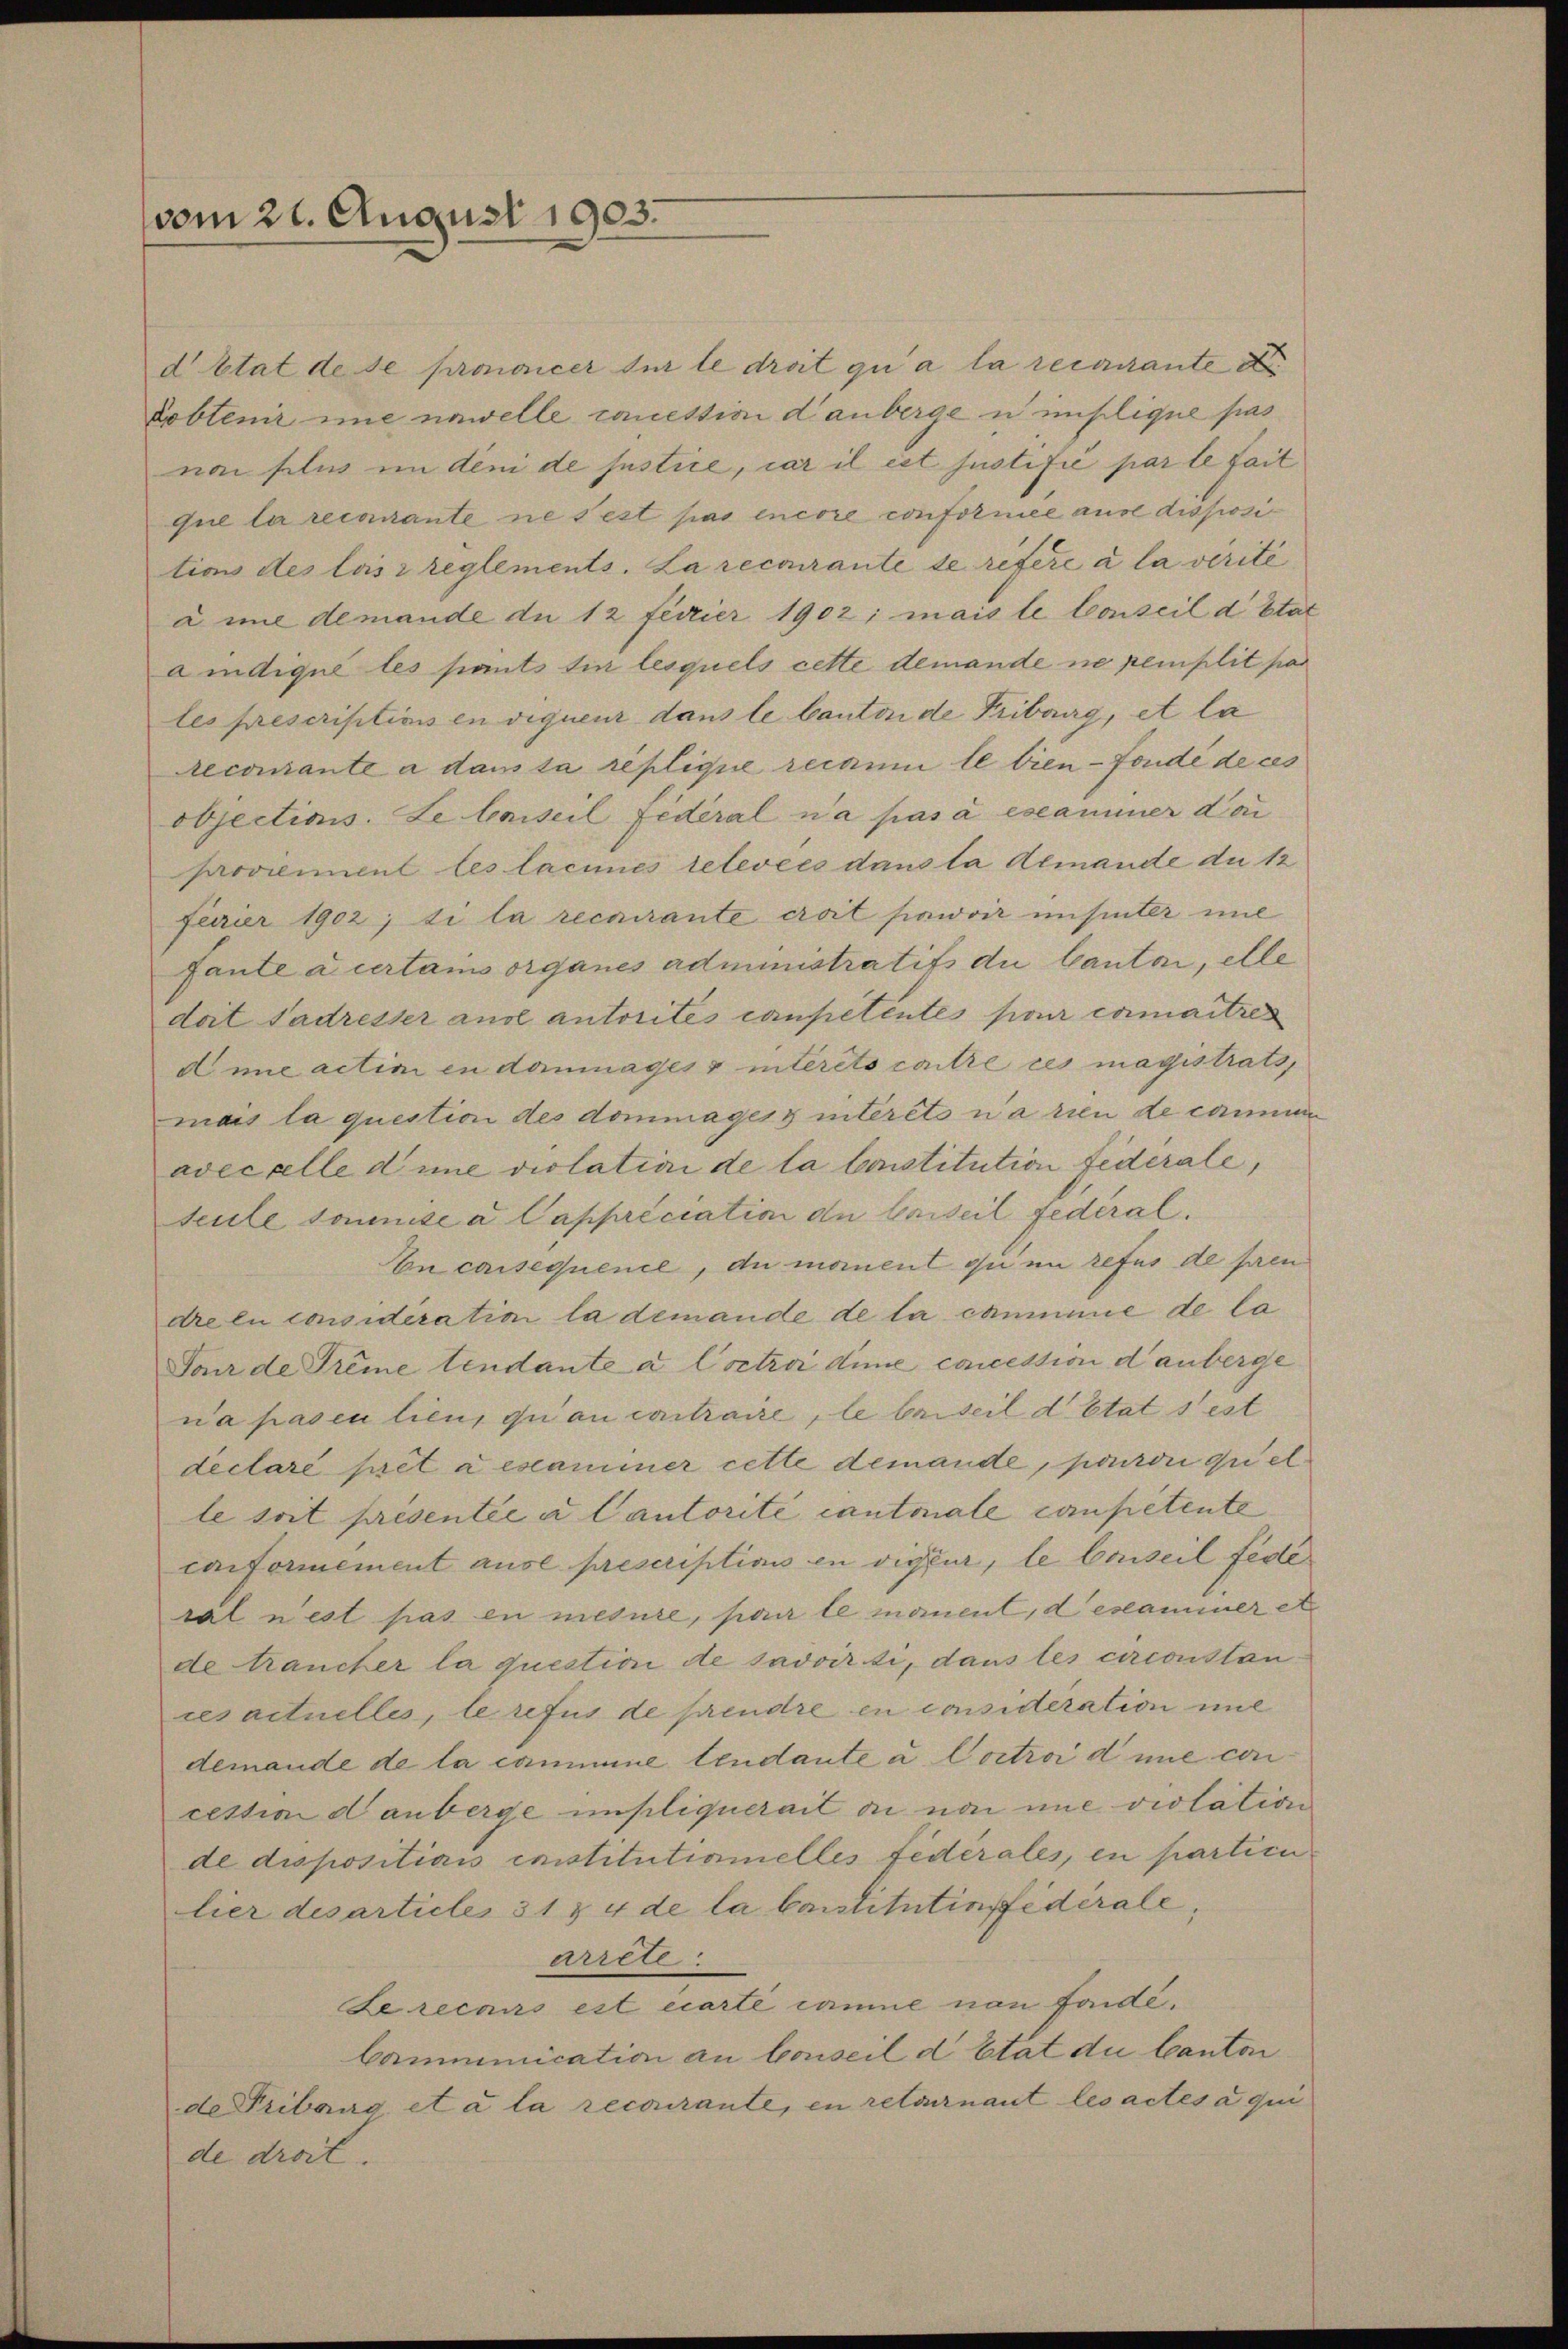
vom 21. August 1903.

d’Etat de se prononcer sur le droit qui a la recurante de
Dobtenir ime nawelle cauestion danberge u implique pas
non seli in den de Justice, car il est justifié parte fait
que la recourante ne sest pas encore conforniee ause disposi
tions des lass reglements. La recourante se refere a la vérité
à ime demande du 12 feurier 1902; mais le Conseil d’Etat
aidique les pants tie lesquels cette demande ne pemplit par
les prescriptions en requenz dans le Canton de Tribuirg, et la
Recourante a dans sa replique recanii le bien - Fonde de ces
objections. Le baiseil Federal n’a pas à essammer do
provenient les lacines relevées dans la demande du 1
ferier 1902; si la recurante croit pawvir unsinter mil
fante a urtais organes administratifs du Canton, elle
doit Sadresser ande autorités conpetentes pour comaitres
Ame actini in dommages & interets contre ces magistrats,
mais la question des dommages interets na rien de commen
avec alle d une violation de la bestitution fidérale,
seule soumise a Cappréciation du Carteil Federaln consequence, an manent qui refus de preu
dre en considération la demande de la cammme de la
Fonr de Trême tendante a Coctrii die concession danberge
na pas en lieu, qui au contraire, le beiteil d’Etat sest
declare pret aestammer cette demande, pouron quel
le soit présentée a Cantorité cantonale competente
cictornement ause prescriptions en vigur, le Conseil fede
ral nest pas en mesure, par le manent, destammer e
de trancher la question de savoir ti, dans les circonstances actuelles, le refus de prendre en consideration mi
demande de la cammine lendante a Coctroi d une con
cettion danberge impliquerait de non nie violation
de dispositiais institutionnelles fédérales, en partienlier desarticle 31 § 4 de la Constitutinffédérale,
arrete
Le recars est écarte comme non fonde.
Communication an Conseil d Etat du Canton
de Tribung et à la recourante, en retournant les actes à qui
de droit.